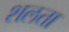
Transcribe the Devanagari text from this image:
शलता